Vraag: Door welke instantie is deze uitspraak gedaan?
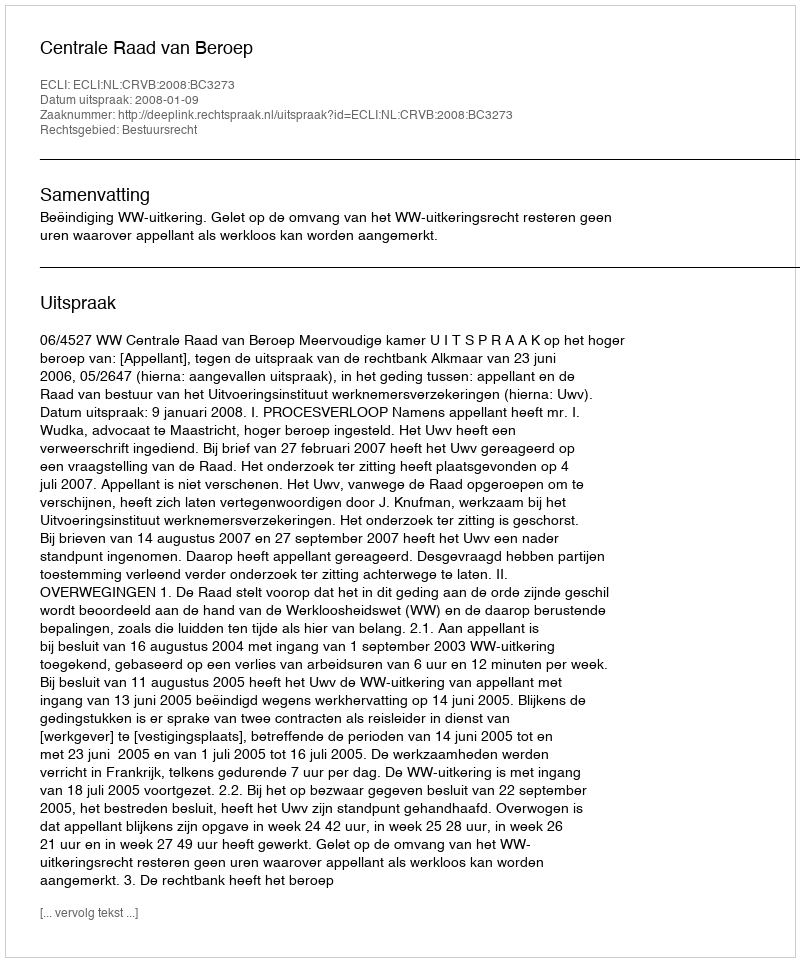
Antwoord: Centrale Raad van Beroep